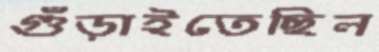
গুঁড়াইতেছিল